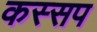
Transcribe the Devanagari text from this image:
कस्सप